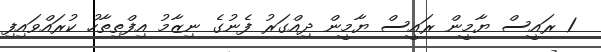
1 ރައީސް ޔާމީން ރައީސް ޔާމީން ދިއްގަރު ފެނުގެ ނިޒާމު އިފްތިތާހު ކުރައްވައިފި